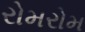
રોમરોમ